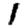
Digit: 1